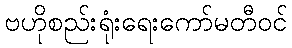
ဗဟိုစည်းရုံးရေးကော်မတီဝင်